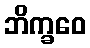
ဘိက္ခဝေ